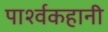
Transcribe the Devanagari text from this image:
पार्श्वकहानी